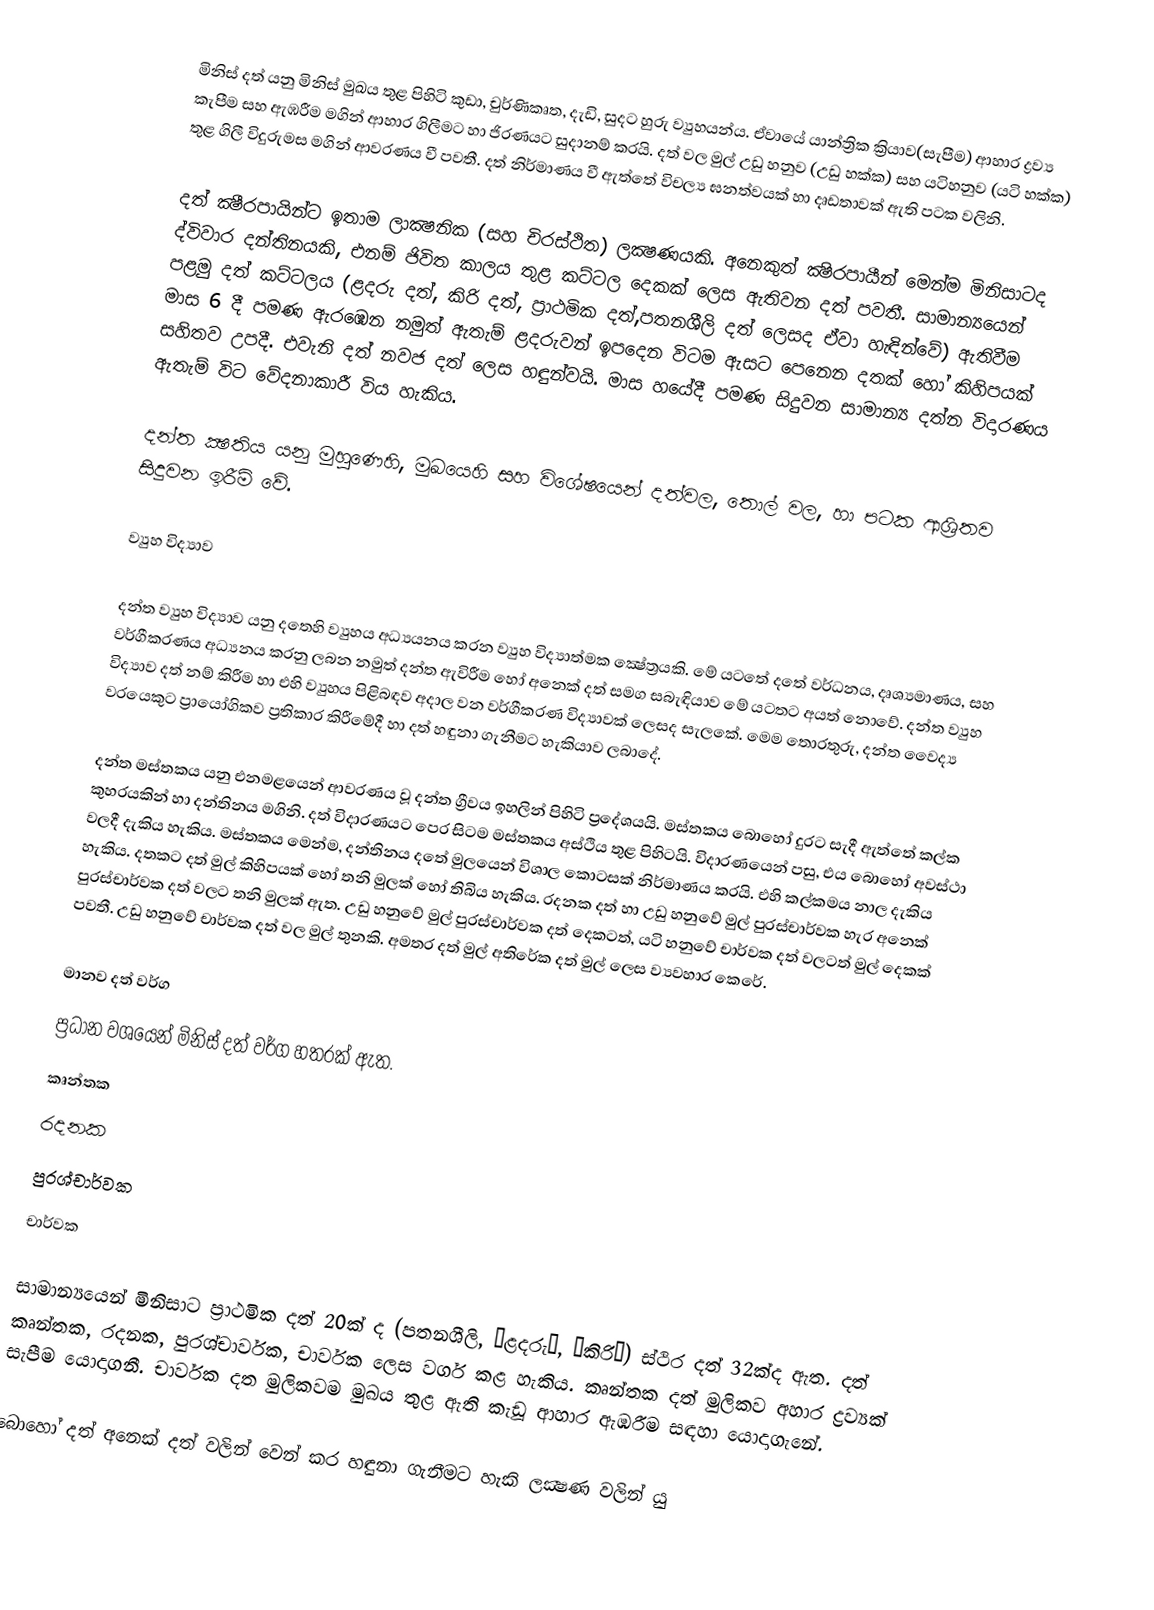
මිනිස් දත් යනු මිනිස් මුඛය තුළ පිහිටි කුඩා, චුර්ණිකෘත, දැඩි, සුදට හුරු ව්‍යුහයන්ය. ඒවායේ යාන්ත්‍රික ක්‍රියාව(සැපීම) ආහාර ද්‍රව්‍ය කැපීම සහ ඇඹරීම මගින් ආහාර ගිලීමට හා ජිරණයට සුදානම් කරයි. දත් වල මුල් උඩු හනුව (උඩු හක්ක) සහ යටිහනුව (යටි හක්ක) තුළ ගිලී විදුරුමස මගින් ආවරණය වී පවතී. දත් නිර්මාණය වී ඇත්තේ විචල්‍ය ඝනත්වයක් හා දෘඩතාවක් ඇති පටක වලිනි.

දත් ක්‍ෂීරපායින්ට ඉතාම  ලාක්‍ෂනික (සහ චිරස්ථිත) ලක්‍ෂණයකි. අනෙකුත් ක්‍ෂිරපායීන් මෙන්ම මිනිසාටද ද්විවාර දන්තිනයකි, එනම් ජිවිත කාලය තුළ කට්ටල දෙකක් ලෙස ඇතිවන දත් පවතී. සාමාන්‍යයෙන් පළමු දත් කට්ටලය (ළදරු දත්, කිරි දත්, ප්‍රාථමික දත්,පතනශීලි දත් ලෙසද ඒවා හැඳින්වේ) ඇතිවීම මාස 6 දී පමණ ඇරඹෙන නමුත් ඇතැම් ළදරුවන් ඉපදෙන විටම ඇසට පෙනෙන දතක් හෝ කිහිපයක් සහිතව උපදී. එවැනි දත් නවජ දත් ලෙස හඳුන්වයි. මාස හයේදී පමණ සිදුවන සාමාන්‍ය දත්න විදාරණය ඇතැම් විට වේදනාකාරී විය හැකිය.

දන්ත ක්‍ෂතිය යනු මුහුණෙහි, මුඛයෙහි සහ විශේෂයෙන් දත්වල, තොල් වල, හා පටක ආශ්‍රිතව සිදුවන ඉරීම් වේ.

ව්‍යුහ විද්‍යාව

දන්ත ව්‍යුහ විද්‍යාව යනු දතෙහි ව්‍යුහය අධ්‍යයනය කරන ව්‍යුහ විද්‍යාත්මක  ක්‍ෂේත්‍රයකි. මේ යටතේ දතේ වර්ධනය, දෘශ්‍යමාණය, සහ වර්ගීකරණය අධ්‍යනය කරනු ලබන නමුත් දන්ත ඇවිරීම හෝ අනෙක් දත් සමග සබැඳියාව මේ යටතට අයත් නොවේ. දන්ත ව්‍යුහ විද්‍යාව දත් නම් කිරීම හා එහි ව්‍යුහය පිළිබඳව අදාල වන වර්ගීකරණ විද්‍යාවක් ලෙසද සැලකේ. මෙම තොරතුරු, දන්ත වෛද්‍ය වරයෙකුට ප්‍රායෝගිකව ප්‍රතිකාර කිරීමේදී හා දත් හඳුනා ගැනීමට හැකියාව ලබාදේ.

දන්ත මස්තකය යනු එනමළයෙන් ආවරණය වූ දන්ත ග්‍රීවය ඉහලින් පිහිටි ප්‍රදේශයයි. මස්තකය බොහෝ දුරට සැදී ඇත්තේ කල්ක කුහරයකින් හා දන්තිනය මගිනි. දත් විදාරණයට පෙර සිටම මස්තකය අස්ථිය තුළ පිහිටයි.  විදාරණයෙන් පසු, එය බොහෝ අවස්ථා වලදී දැකිය හැකිය. මස්තකය මෙන්ම, දන්තිනය  දතේ මුලයෙන් විශාල කොටසක් නිර්මාණය කරයි. එහි කල්කමය නාල දැකිය හැකිය. දතකට දත් මුල් කිහිපයක් හෝ තනි මුලක් හෝ තිබිය හැකිය. රදනක දත් හා උඩු හනුවේ මුල් පුරස්චාර්වක හැර අනෙක් පුරස්චාර්වක දත් වලට තනි මුලක් ඇත. උඩු හනුවේ මුල් පුරස්චාර්වක දත් දෙකටත්, යටි හනුවේ චාර්වක දත් වලටත් මුල් දෙකක් පවතී. උඩු හනුවේ චාර්වක දත් වල මුල් තුනකි. අමතර දත් මුල් අතිරේක දත් මුල් ලෙස ව්‍යවහාර කෙරේ.

මානව දත් වර්ග
ප්‍රධාන වශයෙන් මිනිස් දත් වර්ග හතරක් ඇත.
 කෘන්තක
 රදනක
 පුරශ්චාර්වක
 චාර්වක

සාමාන්‍යයෙන් මිනිසාට ප්‍රාථමික දත් 20ක් ද (පතනශීලි, “ළදරු”, “කිරි”) ස්ථිර දත් 32ක්ද ඇත. දත් කෘන්තක, රදනක, පුරශ්චාර්වක, චාර්වක ලෙස වර්ග කළ හැකිය. කෘන්තක දත් මුලිකව අහාර ද්‍රව්‍යක් සැපීම යොදාගනී. චාර්වක දත මුලිකවම මුඛය තුළ ඇති කැඩූ ආහාර ඇඹරීම සඳහා යොදාගැනේ.

බොහෝ දත් අනෙක් දත් වලින් වෙන් කර හඳුනා ගැනීමට හැකි ලක්‍ෂණ වලින් යු